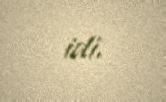
idi.